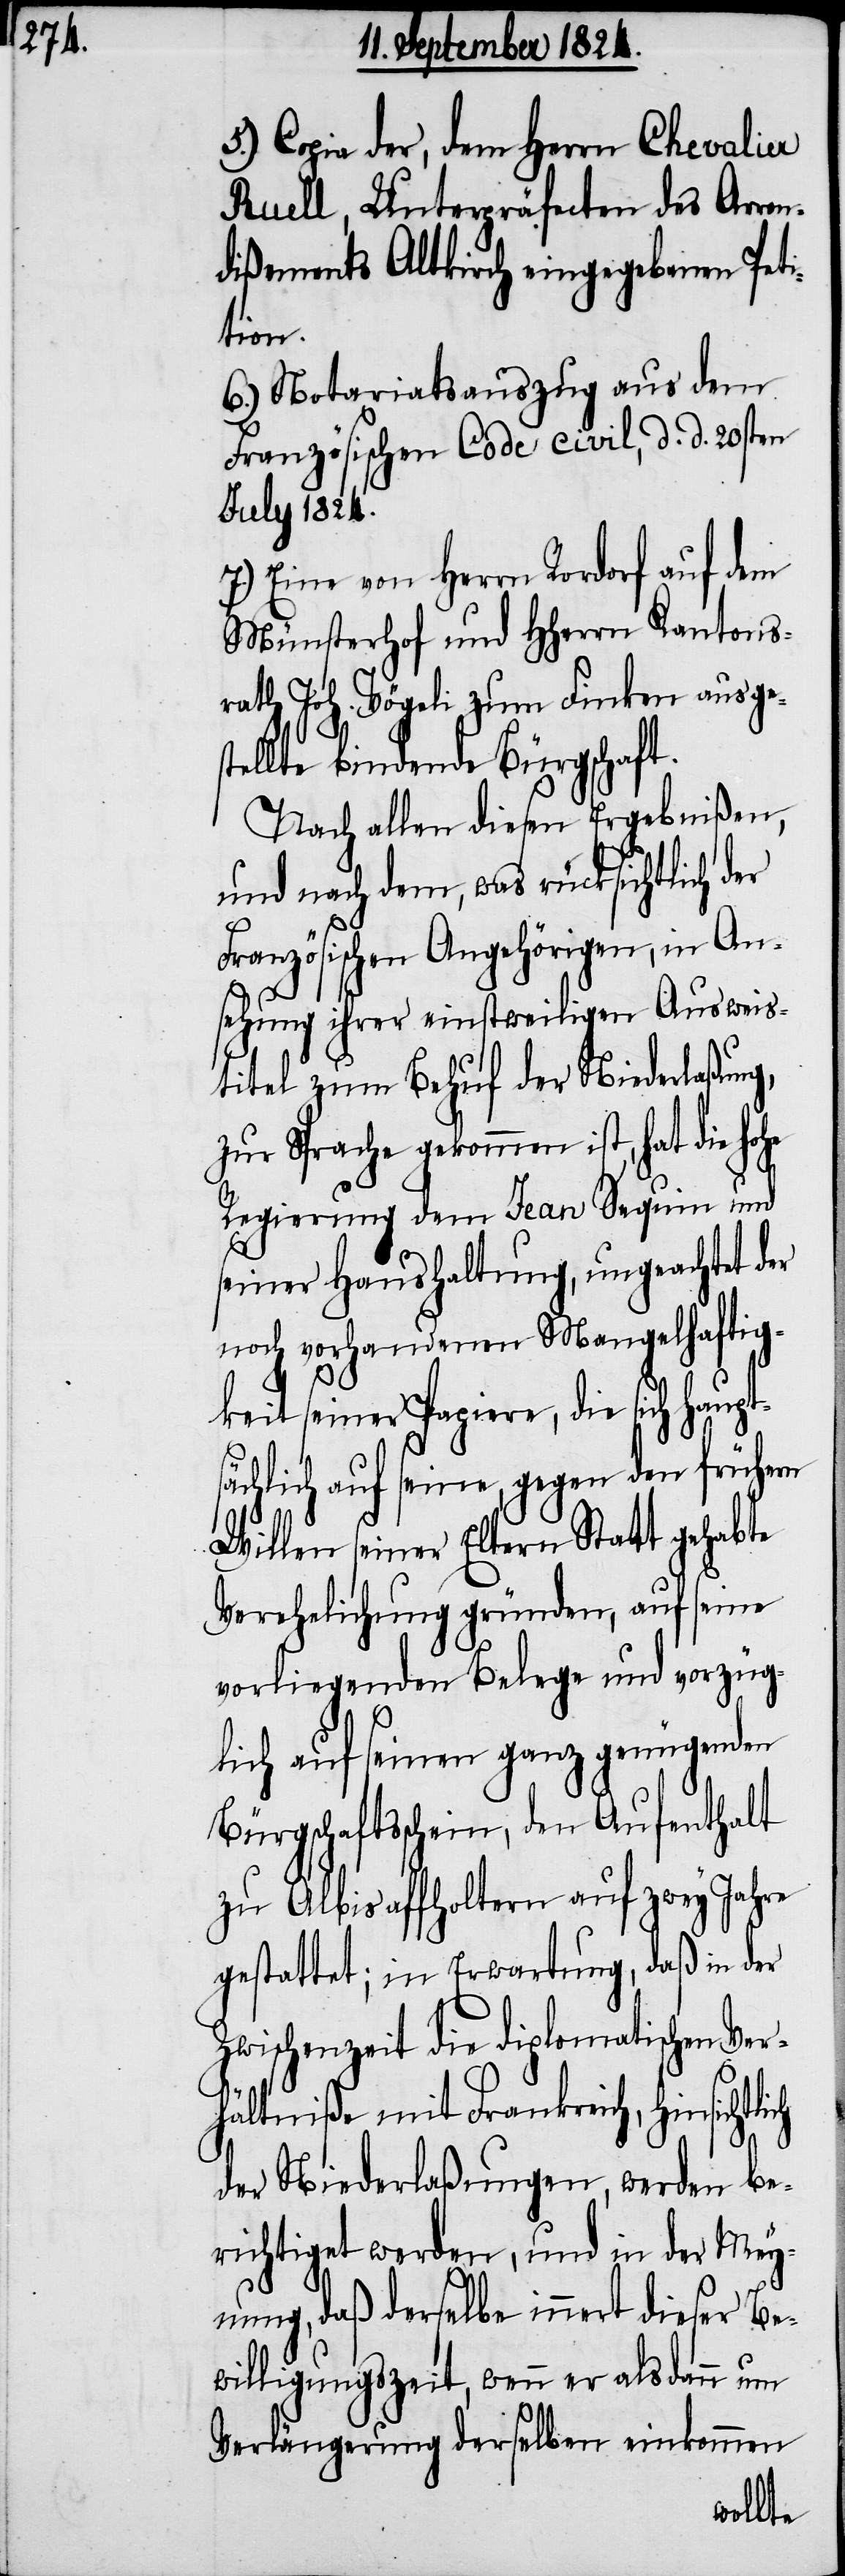
5.) Copia der, dem Herrn Chevalier
Ruell, Unterpräfecten des Arron¬
dißements Altkirch eingegebenen Peti¬
tion.
6.) Notariatsauszug aus dem
Französischen Code civil, d. d. 20sten
July 1824.
7.) Eine von Herrn Rordorf auf dem
Münsterhof und HHern Kantons¬
rath Joh. Vögeli zum Finken ausge¬
stellte bindende Bürgschaft.
Nach allen diesen Ergebnißen,
und nach dem, was rücksichtlich der
ich
Französischen Angehörigen, in An¬
sehung ihrer einstweiligen Ausweis¬
titel zum Behuf der Niederlaßung,
zur Sprache gekommen ist, hat die hohe
Regierung dem Jean Sequin und
seiner Haushaltung, ungeachtet der
noch vorhandenen Mangelhaftig¬
keit seiner Papiere, die sich haupt¬
sächlich auf seine, gegen den frühern
Willen seiner Eltern Statt gehabte
Verehelichung gründen, auf seine
vorliegenden Belege und vorzüg¬
lich auf seinen ganz genügenden
Bürgschaftsschein, den Aufenthalt
zu Albisaffholtern auf zwey Jahre
gestattet; in Erwartung, daß in der
Zwischenzeit die diplomatischen Ver¬
hältniße mit Frankreich, hinsichtl¬
der Niederlaßungen, und in der
ung, daß derselbe innert dieser Be¬
willigungszeit, wenn er alsdann um
men
Verlängerung derselben ein¬
kom¬